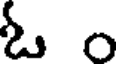
ఓ o